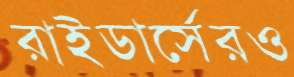
রাইডার্সেরও